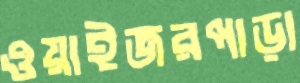
ওয়াইজরপাড়া